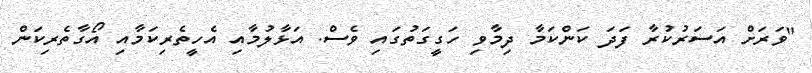
"ވަރަށް އަސަރުކުރާ ފަދަ ކަންކަމާ ދިމާވި ހަގީގަތުގައި ވެސް. އަޅާލުމާއި އެހީތެރިކަމާއި އޯގާތެރިކަން